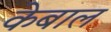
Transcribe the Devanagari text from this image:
केबाल